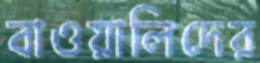
বাওয়ালিদের